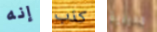
إنه كذب مديرية